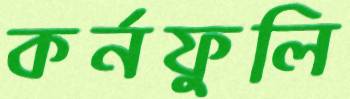
কর্নফুলি